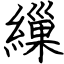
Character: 繅